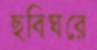
ছবিঘরে